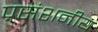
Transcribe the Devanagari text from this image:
प्रसंशनीय